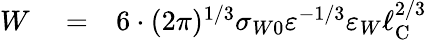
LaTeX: \begin{array}{rlr}{W}&{{}=}&{6\cdot(2\pi)^{1/3}\sigma_{W0}\varepsilon^{-1/3}\varepsilon_{W}\ell_{\mathrm{{C}}}^{2/3}}\end{array}